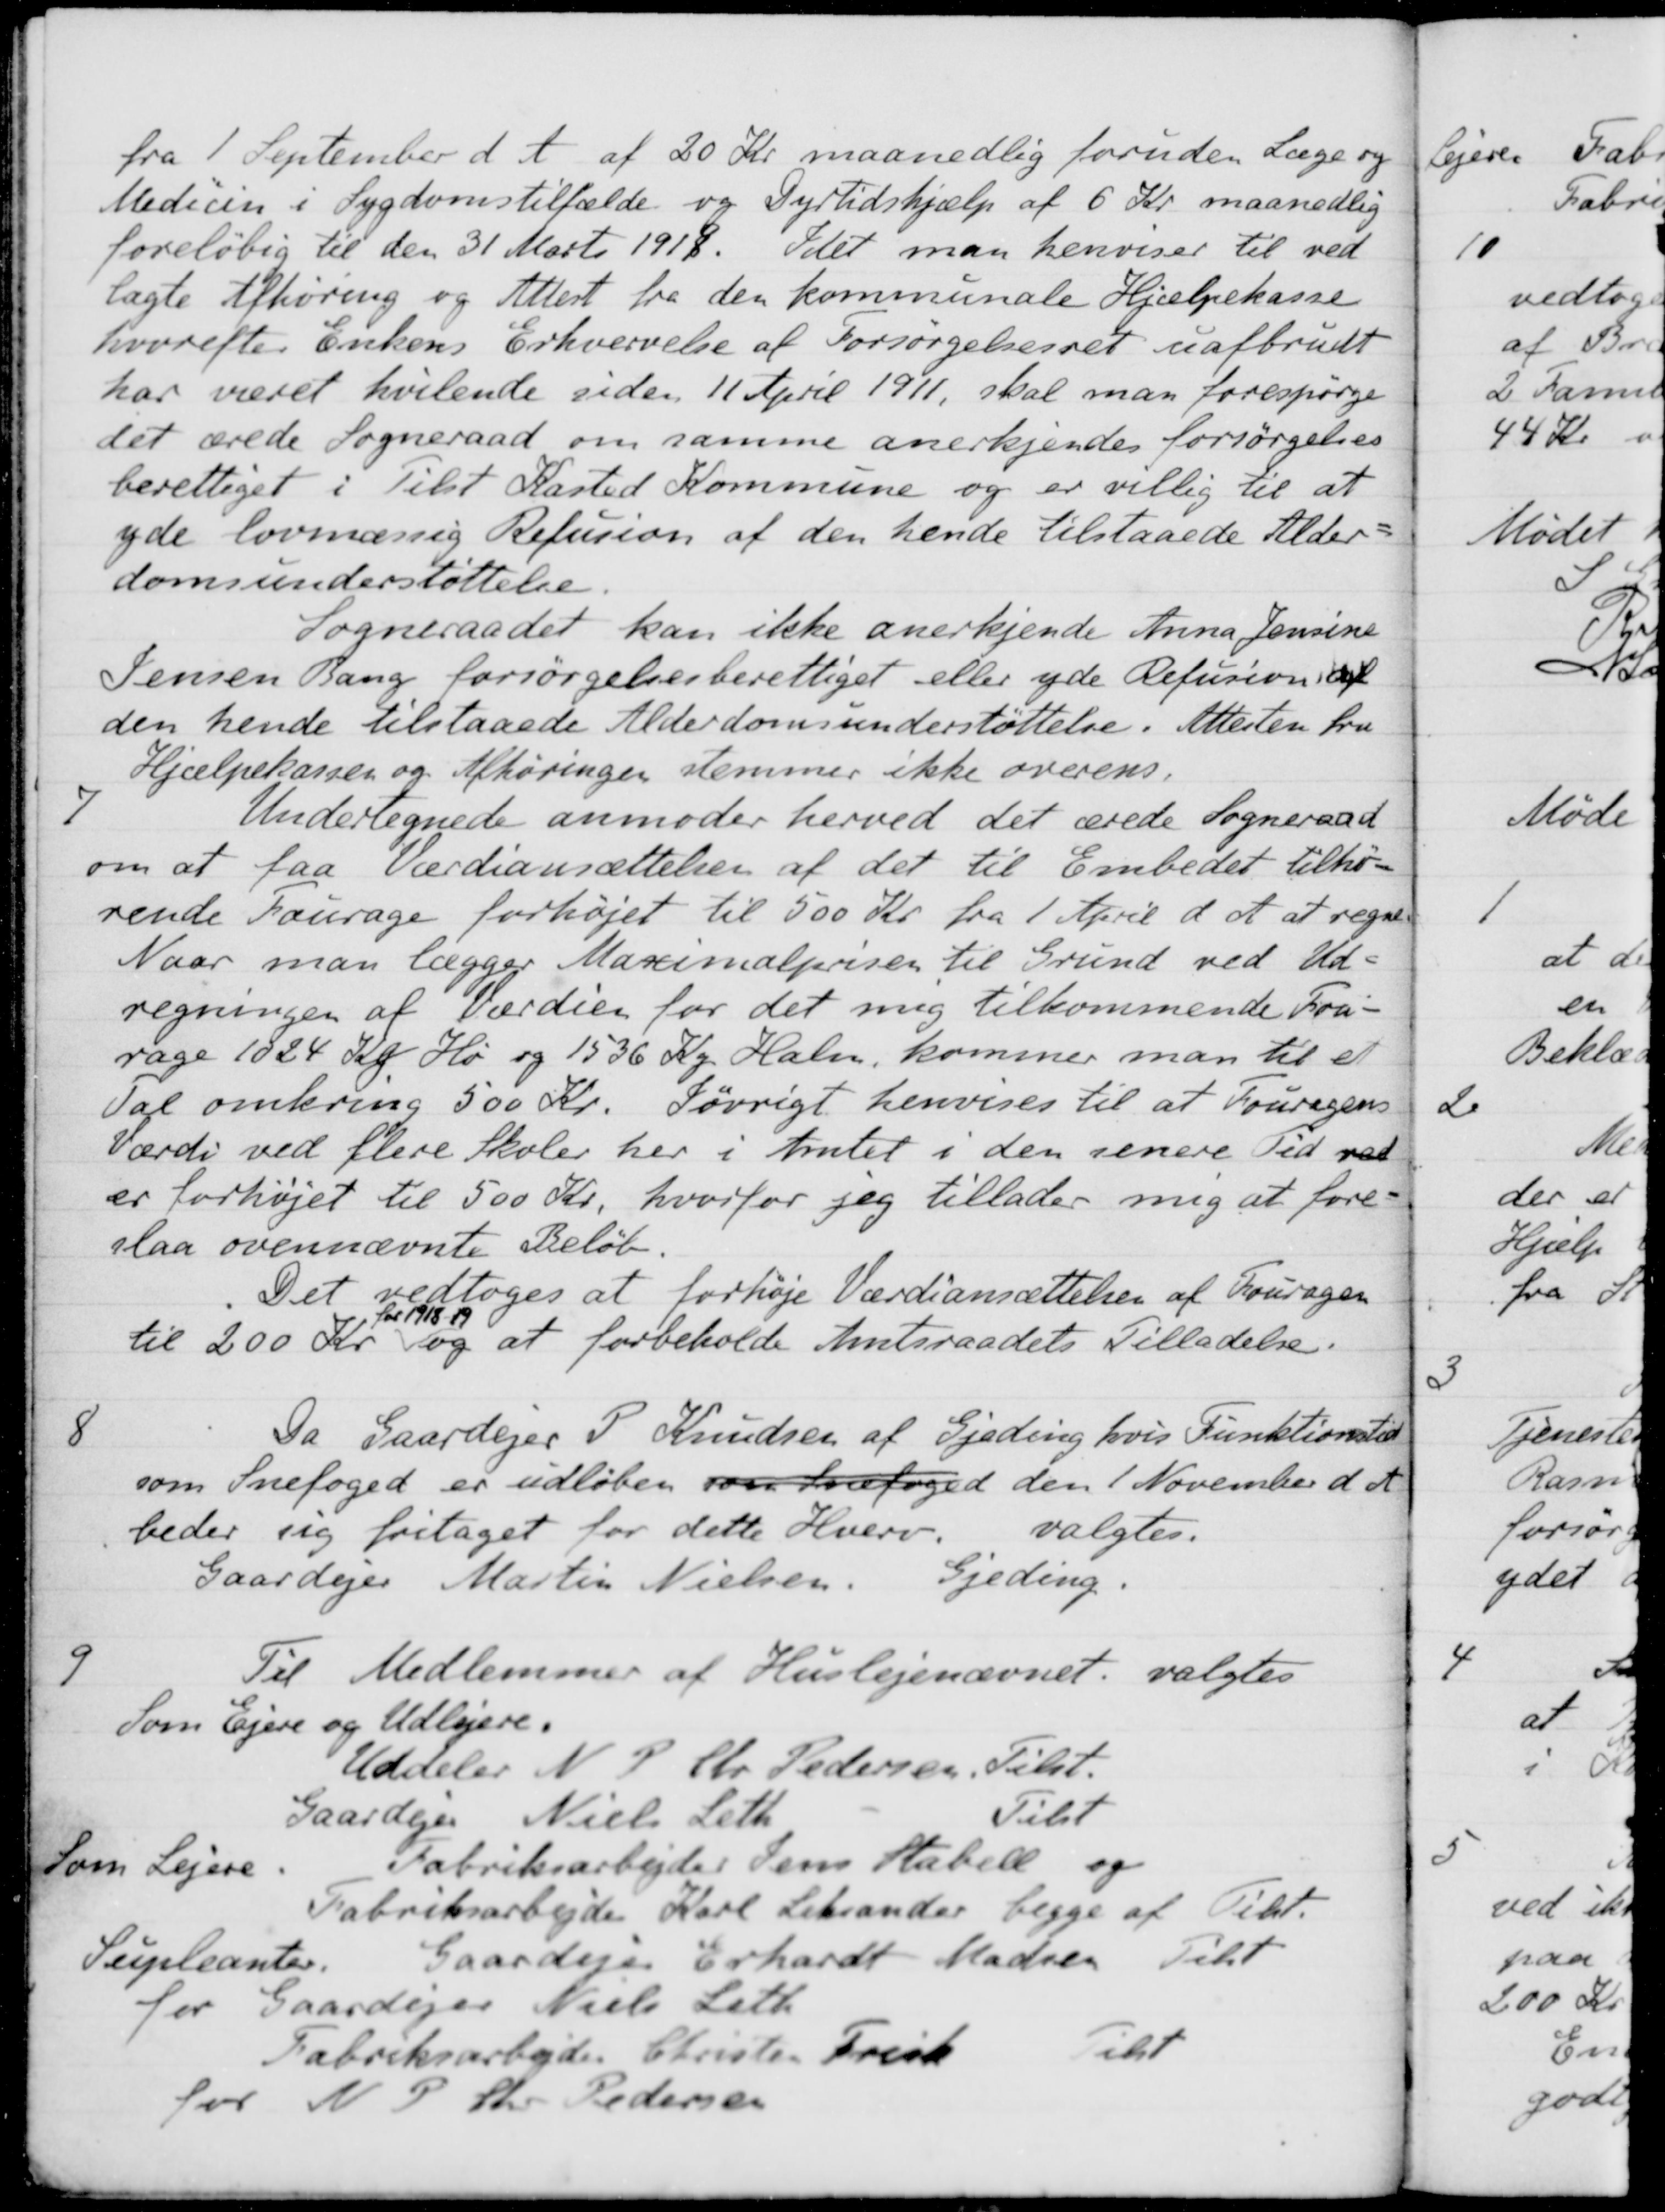
Transskription:
fra 1 September d. A. af 20 Kr maanedlig foruden Læge og
Medicin i Sygdomstilfælde og Dyrtidshjælp af 6 Kr. maanedlig
foreløbig til den 31 Marts 1918. Idet man henviser til ved-
lagte Afhøring og Attest fra den kommunale Hjælpekasse
hvorefter Enkens Erhvervelse af Forsørgelsesret uafbrudt
har været hvilende siden 11 April 1911, skal man forespørge
det ærede Sogneraad om samme anerkjendes forsørgelses-
berettiget i Tilst Kasted Kommune og er villig til at
yde lovmæssig Refusion af den hende tilstaaede Alder-
domsunderstøttelse
Sogneraadet kan ikke anerkjende Anna Jensine
Jensen Bang forsørgelsesberettiget eller yde Refusion af
den hende tilstaaede Alderdomsunderstøttelse. Attesten fra
Hjælpekassen og Afhøringer stemmer ikke overens.
7
Undertegnede anmoder herved det ærede Sogneraad
om at faa værdiansættelsen af det til Embedet tilhø-
rende Fourage forhøjet til 500 Kr. fra 1 April d. A. at regne
Naar man lægger Maximalprisen til Grund ved Ud-
regningen af Værdien for det mig tilkommende Fou-
rage 1024 Kg Hø og 1536 Kg Halm, kommer man til et
Tal omkring 500 Kr. Iøvrigt henvises til at Fouragens
Værdi ved flere Skoler her i Amtet i den senere Tid ved
er forhøjet til 500 Kr, hvorfor jeg tillader mig at fore-
slaa ovennævnte Beløb.
Det vedtoges at forhøje Værdiansættelsen af Fouragen
til 200 Kr
for 1918-19
og at forbeholde Amtsraadets Tilladelse.
8
Da Gaardejer P. Knudsen af Gjeding hvis Funktionstid
som Snefoged er udløben som Snefoged den 1 November d. A.
beder sig fritaget for dette Hverv. valgtes.
Gaardejer Martin Nielsen. Gjeding.
9
Til Medlemmer af Huslejenævnet, valgtes
Som Ejere og Udlejere.
Uddeler N. P. Chr. Pedersen, Tilst.
Gaardejer Niels Leth
Tilst
Som Lejere
Fabriksarbejder Jens Kabell og
Fabriksarbejde Karl Leksander begge af Tilst.
Supleanter. Gaardejer Erhardt Madsen
Tilst
for Gaardejer Niels Leth
Fabriksarbejder Christen Frisk
Tilst
for N. P. Chr. Pedersen